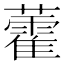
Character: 藿